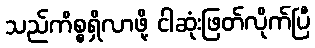
သည်ကိစ္စရှိလာဖို့ ငါဆုံးဖြတ်လိုက်ပြီ